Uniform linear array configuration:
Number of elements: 12
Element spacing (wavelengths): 0.25
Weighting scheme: binomial
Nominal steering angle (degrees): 0
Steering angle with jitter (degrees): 1.697
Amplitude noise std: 0.05
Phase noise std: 0.05

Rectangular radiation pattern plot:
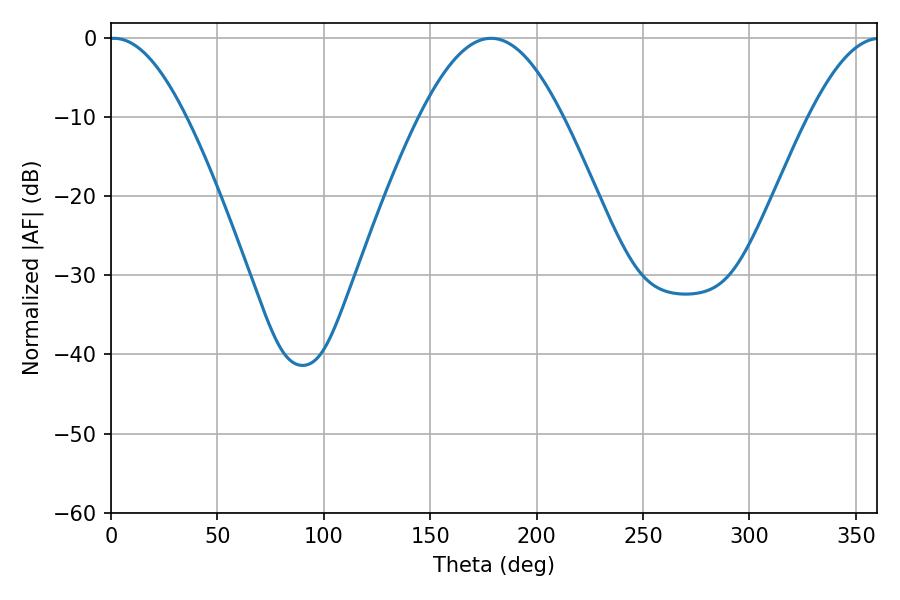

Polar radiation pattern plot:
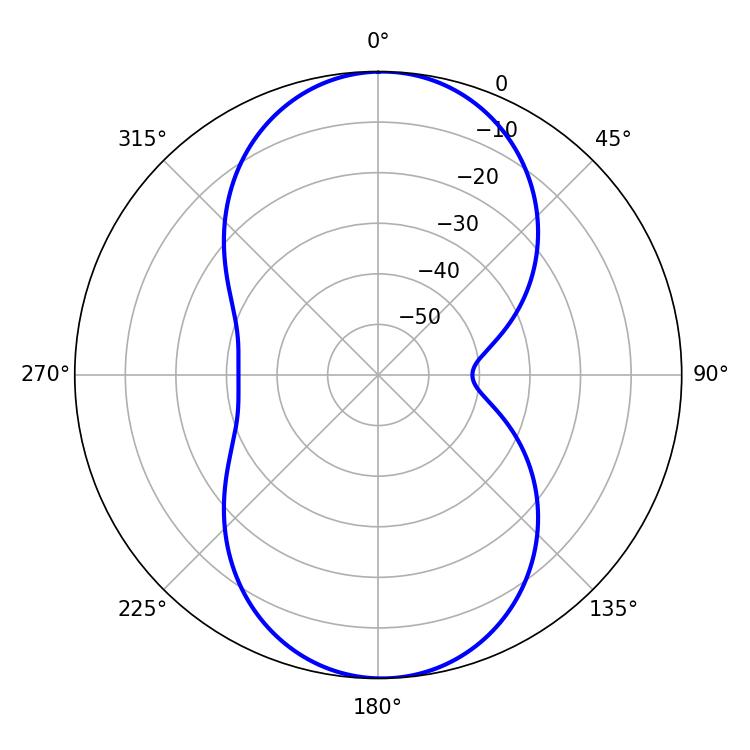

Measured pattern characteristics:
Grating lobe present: FALSE
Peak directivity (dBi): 18.04
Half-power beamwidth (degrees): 19.62
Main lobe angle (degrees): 1.44